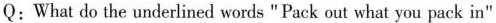
Q:What do the underlined words "Pack out what you pack in"